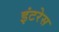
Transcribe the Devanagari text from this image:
इंटरेस